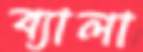
ব্যালা